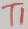
Text: TI